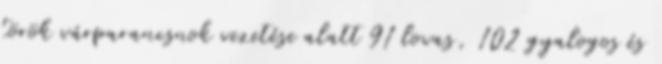
török várparancsnok vezetése alatt 91 lovas, 102 gyalogos és